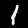
Digit: 1